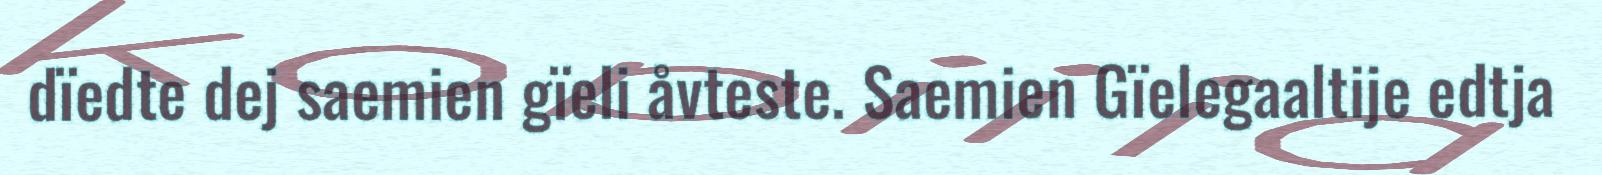
dïedte dej saemien gïeli åvteste. Saemien Gïelegaaltije edtja